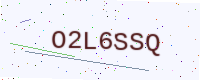
Text: O2L6SSQ